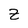
Character: Z